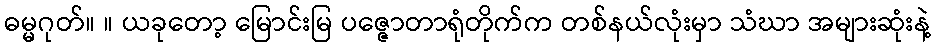
ဓမ္မဂုတ်။ ။ ယခုတော့ မြောင်းမြ ပဇ္ဇောတာရုံတိုက်က တစ်နယ်လုံးမှာ သံဃာ အများဆုံးနဲ့